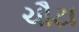
ચૌટા